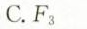
C.F_{3}